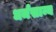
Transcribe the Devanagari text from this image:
धर्मसाम्य